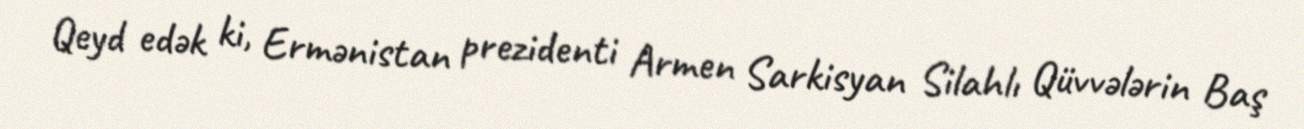
Qeyd edək ki, Ermənistan prezidenti Armen Sarkisyan Silahlı Qüvvələrin Baş